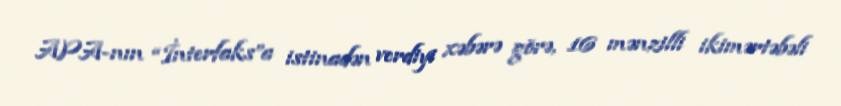
APA-nın “İnterfaks”a istinadən verdiyi xəbərə görə, 16 mənzilli ikimərtəbəli